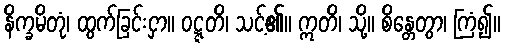
နိက္ခမိတုံ၊ ထွက်ခြင်းငှာ။ ဝဋ္ဋတိ၊ သင့်၏။ ဣတိ၊ သို့။ စိန္တေတွာ၊ ကြံ၍။